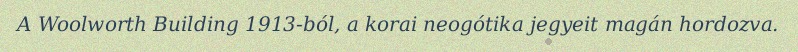
A Woolworth Building 1913-ból, a korai neogótika jegyeit magán hordozva.